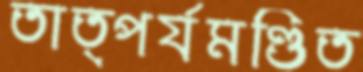
তাত্পর্যমণ্ডিত